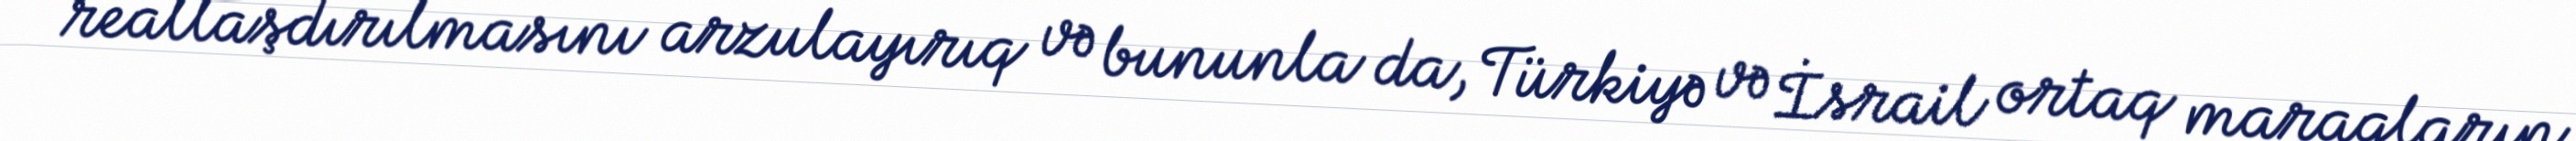
reallaşdırılmasını arzulayırıq və bununla da, Türkiyə və İsrail ortaq maraqların